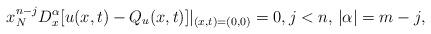
LaTeX: \begin{align*}x_{N}^{n-j}D_{x}^{\alpha}[u(x,t)-Q_{u}(x,t)]|_{(x,t)=(0,0)}=0,j<n,\,|\alpha|=m-j, \end{align*}